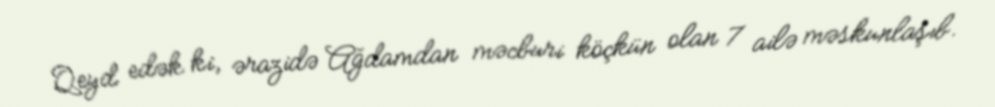
Qeyd edək ki, ərazidə Ağdamdan məcburi köçkün olan 7 ailə məskunlaşıb.